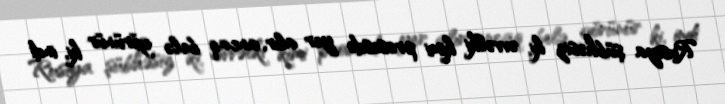
Rusiya şübhəsiz ki, əvvəlki kimi prosesdə yer alır, ancaq belə görünür ki, indi